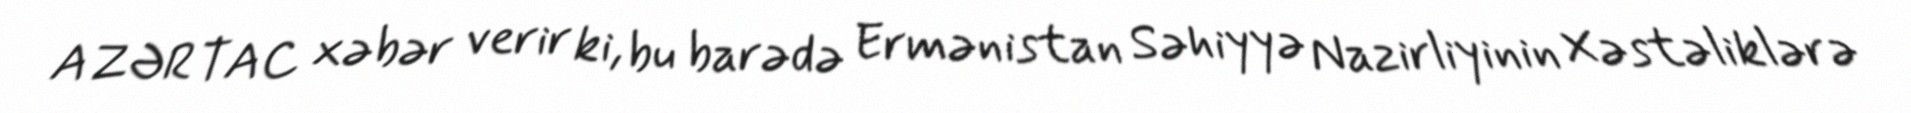
AZƏRTAC xəbər verir ki, bu barədə Ermənistan Səhiyyə Nazirliyinin Xəstəliklərə